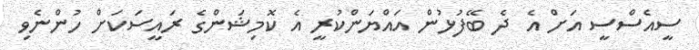
ސީއެސްސީ އަށް އެ ދެ ބޭފުޅުން އައްޔަންކުރީ އެ ކޮމިޝަންގެ ރައީސަކަށް ހުންނެވި